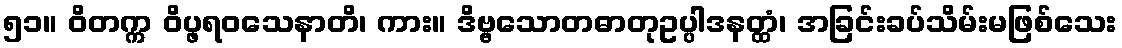
၅၁။ ဝိတက္က ဝိပ္ဖရဝသေနာတိ၊ ကား။ ဒိဗ္ဗသောတဓာတုဥပ္ပါဒနတ္ထံ၊ အခြင်းခပ်သိမ်းမဖြစ်သေး